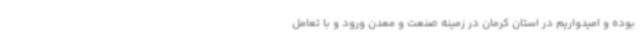
بوده و امیدواریم در استان کرمان در زمینه صنعت و معدن ورود و با تعامل